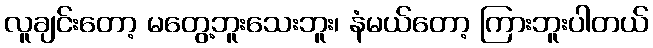
လူချင်းတော့ မတွေ့ဘူးသေးဘူး၊ နံမယ်တော့ ကြားဘူးပါတယ်